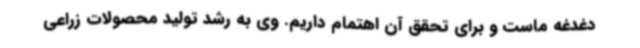
دغدغه ماست و برای تحقق آن اهتمام داریم. وی به رشد تولید محصولات زراعی